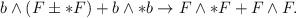
LaTeX: \begin{align*}b\wedge (F \pm * F) + b\wedge * b \rightarrow F \wedge * F + F \wedge F.\end{align*}